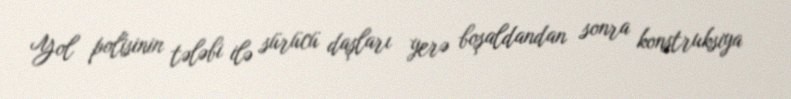
Yol polisinin tələbi ilə sürücü daşları yerə boşaldandan sonra konstruksiya